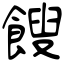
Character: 餿